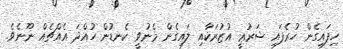
ހިފައިގެން ހުރެފައި ޝަރުޢީ އުޒުރަކާއި ލައިގެން މެނުވީ ކެނޑުން ހުއްދަ އެއްޗެއް ނޫނެވެ.